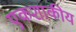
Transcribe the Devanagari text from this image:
एकशाकीय